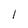
Character: 1